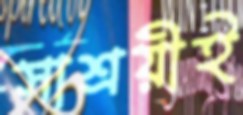
সাশ্রয়ীই